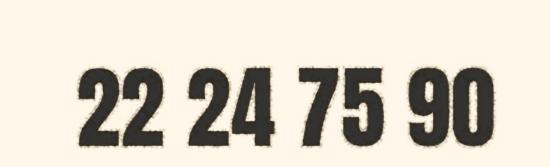
22 24 75 90